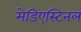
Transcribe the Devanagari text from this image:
मेडिएस्टिनल